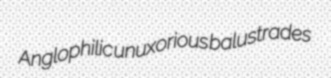
Anglophilic unuxorious balustrades